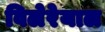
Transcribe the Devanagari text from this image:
विलेरेयाल